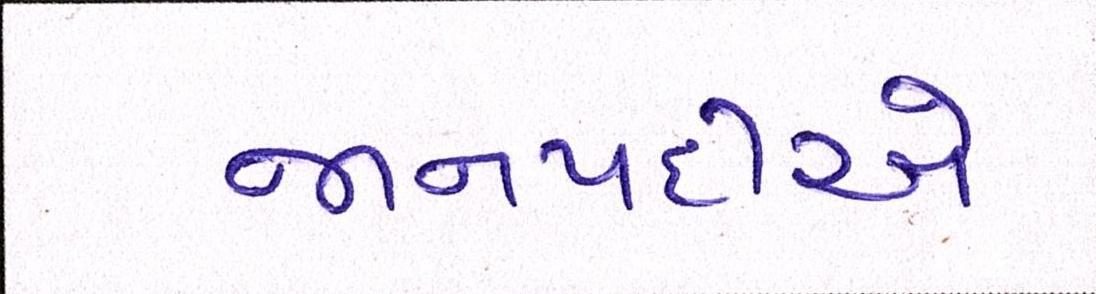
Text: જાનપદીએ